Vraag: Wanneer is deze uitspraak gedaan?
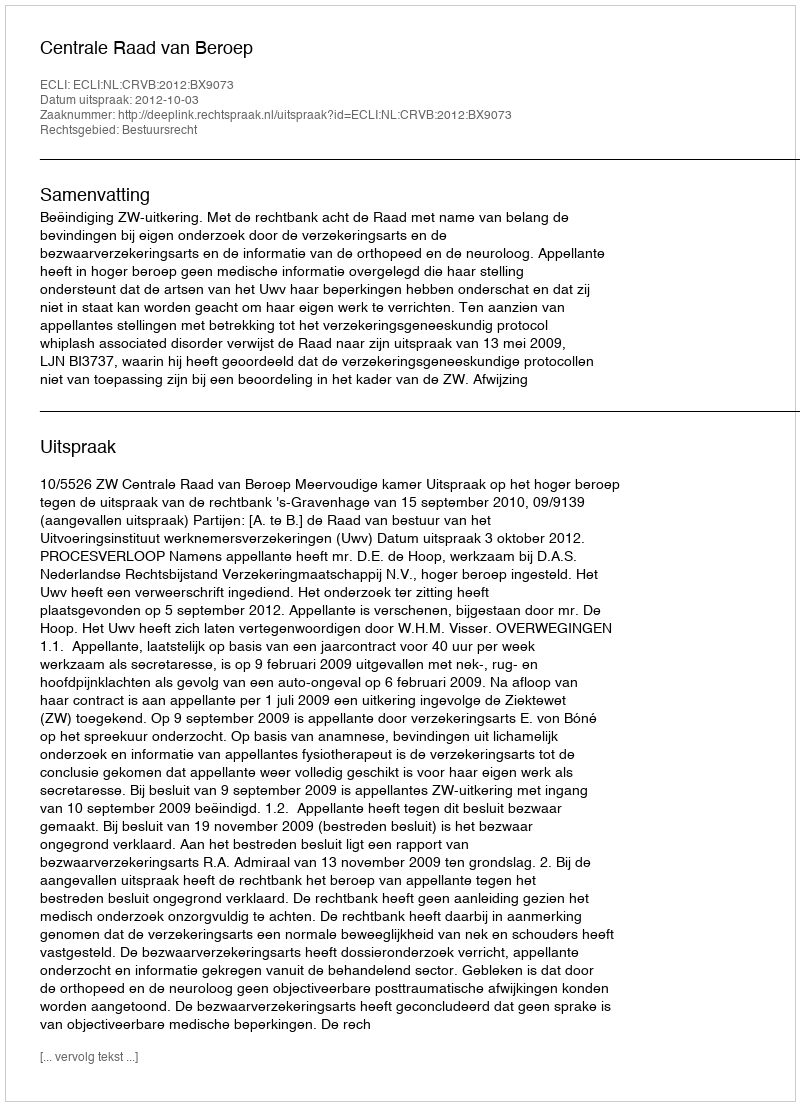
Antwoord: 2012-10-03